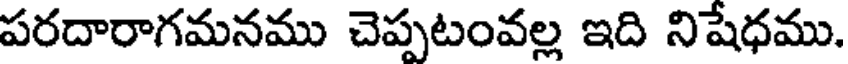
పరదారాగమనము చెప్పటంవల్ల ఇది నిషేధము.